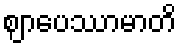
ဈာပေဿာမာတိ